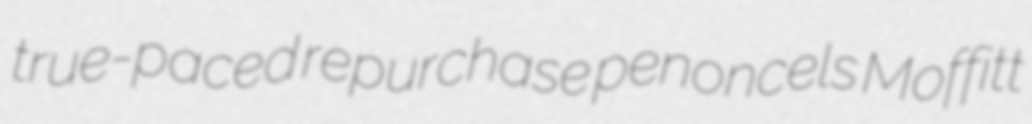
true-paced repurchase penoncels Moffitt